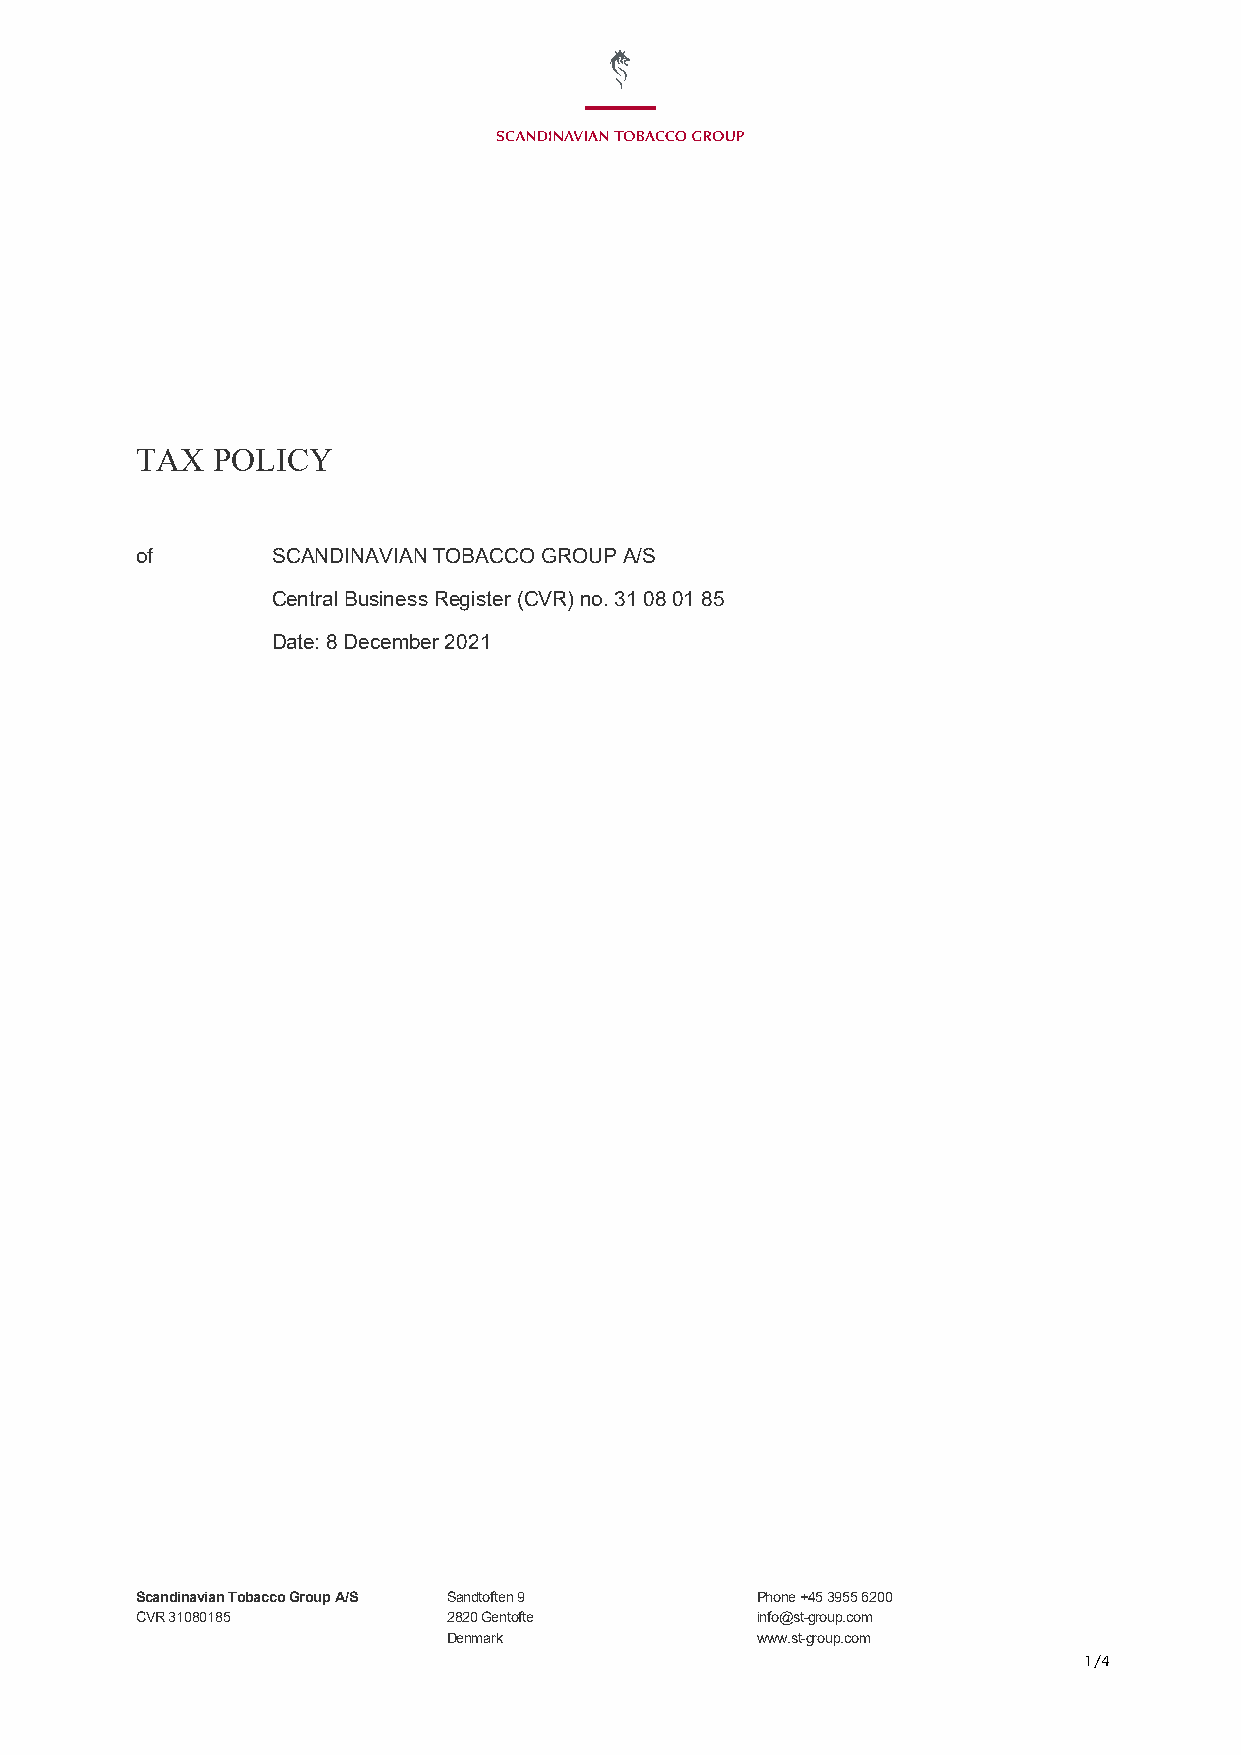
TAX  POLICY
 of       SCANDINAVIAN TOBACCO GROUP A/S
 Central Business Register (CVR) no. 31 08 01 85
 Date: 8 December 2021
 Scandinavian Tobacco Group A/S Sandtoften 9 Phone +45 3955 6200
 CVR 31080185         2820 Gentofte       info@st-group.com
 Denmark             www.st-group.com
 1/4